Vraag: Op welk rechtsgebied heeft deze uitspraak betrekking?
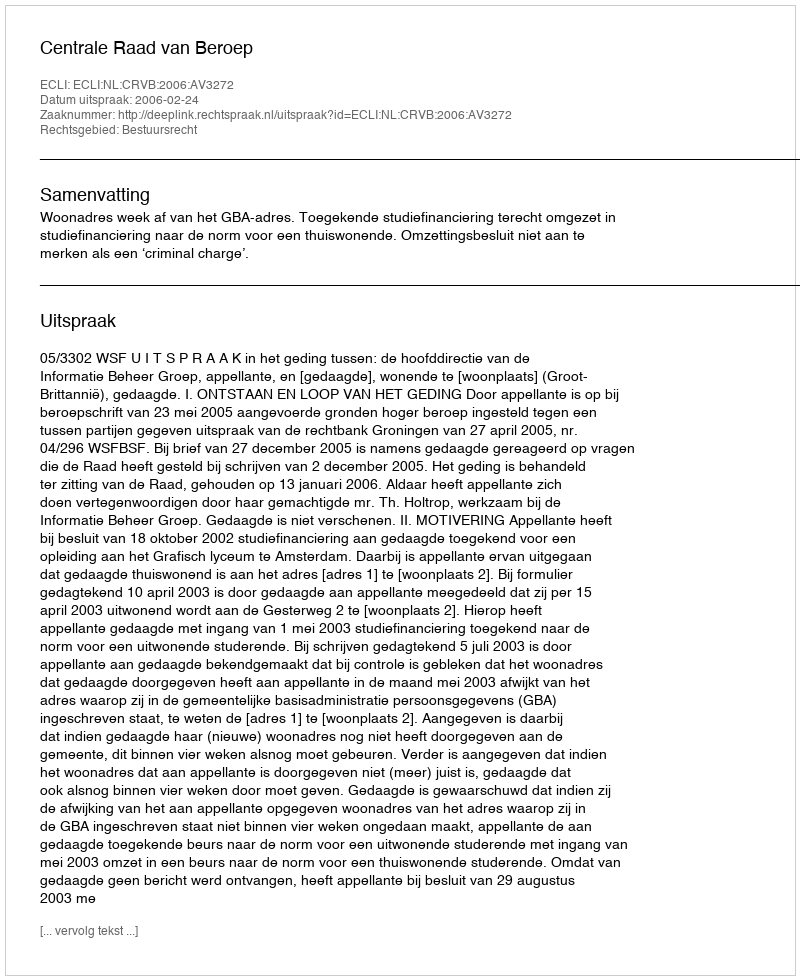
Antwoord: Bestuursrecht